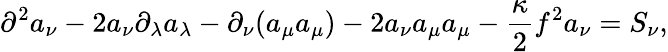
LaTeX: \partial^{2}a_{\nu}-2a_{\nu}\partial_{\lambda}a_{\lambda}-\partial_{\nu}(a_{\mu}a_{\mu})-2a_{\nu}a_{\mu}a_{\mu}-\frac{\kappa}{2}f^{2}a_{\nu}=S_{\nu},